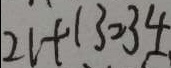
2 1 + 1 3 = 3 4